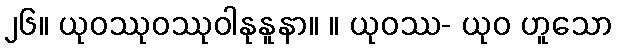
၂၆။ ယုဝဿုဝဿုဝါနုနူနာ။ ။ ယုဝဿ- ယုဝ ဟူသော